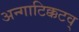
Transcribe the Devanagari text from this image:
अन्गाटिक्कटव्